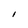
Character: I